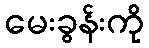
မေးခွန်းကို